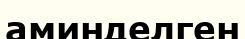
аминделген